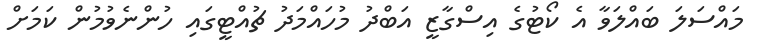
މައްސަލަ ބައްލަވާ އެ ކޯޓުގެ އިސްގާޒީ އަބްދު މުހައްމަދު ޗުއްޓީގައި ހުންނެވުމުން ކަމަށް